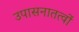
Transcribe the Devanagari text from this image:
उपासनातत्वों